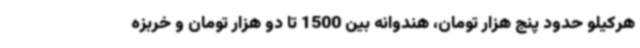
هرکیلو حدود پنج هزار تومان، هندوانه بین 1500 تا دو هزار تومان و خربزه